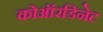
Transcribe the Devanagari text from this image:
कोऑरडिनेट